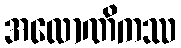
အလောဏိကဿ